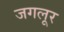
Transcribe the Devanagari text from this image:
जगलूर